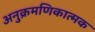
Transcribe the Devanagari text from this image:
अनुक्रमणिकात्मक